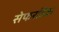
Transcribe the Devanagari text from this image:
सेफरडिक